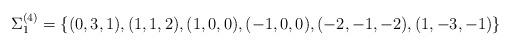
LaTeX: \begin{align*}\Sigma^{(4)}_{1}=\left\{(0,3,1), (1,1,2), (1,0,0), (-1,0,0), (-2,-1,-2), (1,-3,-1)\right\}\end{align*}